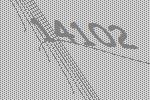
14102